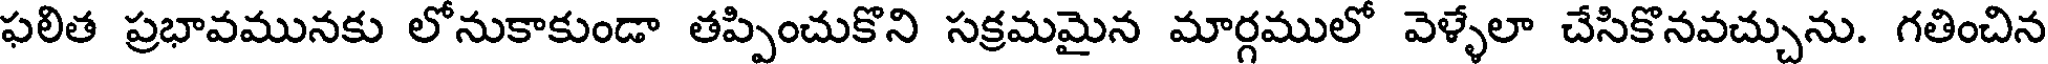
ఫలిత ప్రభావమునకు లోనుకాకుండా తప్పించుకొని సక్రమమైన మార్గములో వెళ్ళేలా చేసికొనవచ్చును. గతించిన